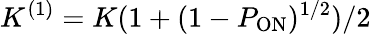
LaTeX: K^{(1)}=K(1+(1-P_{\mathrm{ON}})^{1/2})/2